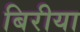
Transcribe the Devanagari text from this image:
बिरीया